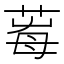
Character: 𦱞